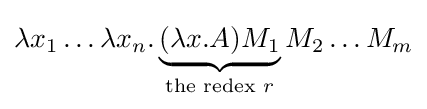
\lambda x_{1}\ldots \lambda x_{n}.\underbrace {(\lambda x.A)M_{1}} _{{\text{the redex }}r}M_{2}\ldots M_{m}